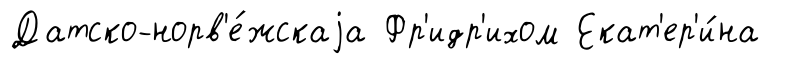
Датско-норв'е́жскаjа Фр'идр'ихом Екат'ер'и́на